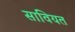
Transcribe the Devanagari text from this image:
सावियत